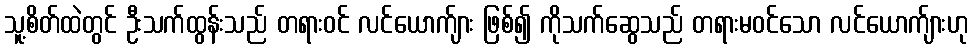
သူ့စိတ်ထဲတွင် ဦးသက်ထွန်းသည် တရားဝင် လင်ယောက်ျား ဖြစ်၍ ကိုသက်ဆွေသည် တရားမဝင်သော လင်ယောက်ျားဟု